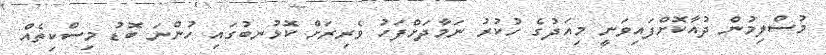
މުސްލިމުން ދުއާކޮށްފައިވަނީ މިއަދުގެ ހުކުރު ނަމާދަށްފަހު ވެރިރަށް ކޮޅުނބުގައި ހުންނަ ބޮޑު މިސްކިތެއް